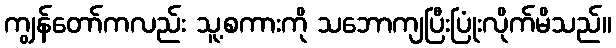
ကျွန်တော်ကလည်း သူ့စကားကို သဘောကျပြီးပြုံးလိုက်မိသည်။